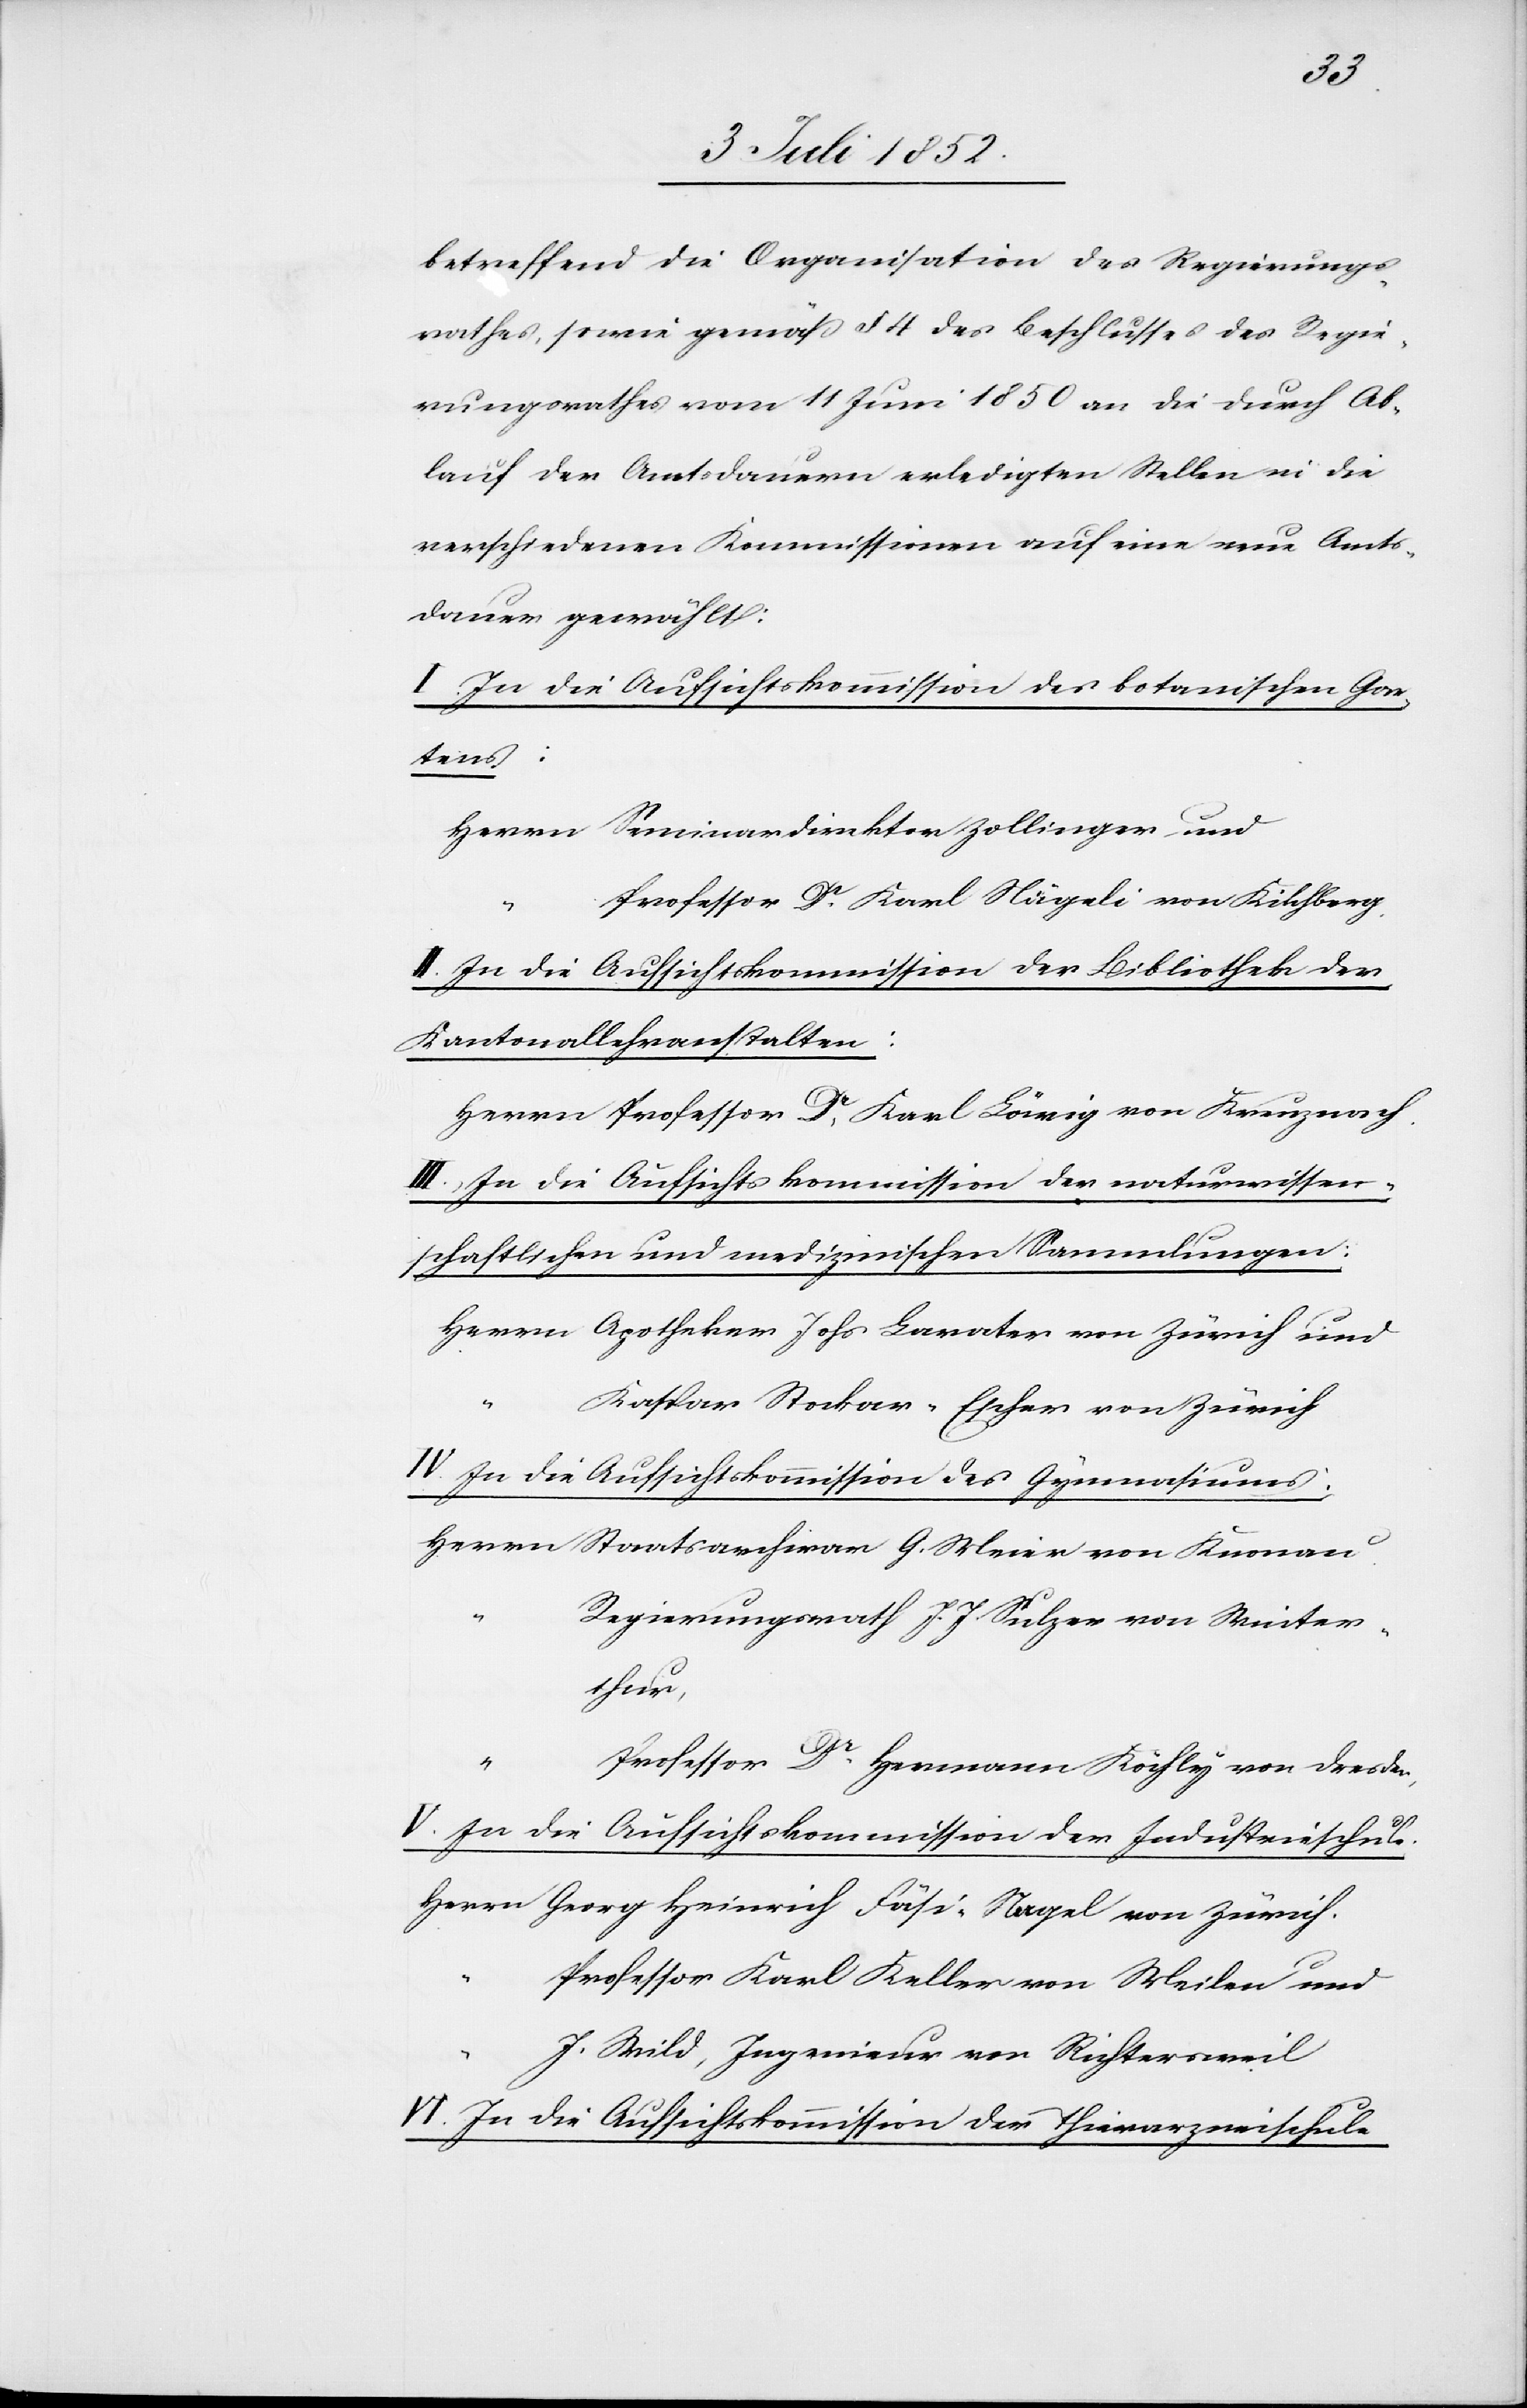
betreffend die Organisation des Regierungs¬
rathes, sowie gemäß § 4 des Beschlusses des Regie¬
rungsrathes vom 11 Juni 1850 an die durch Ab¬
lauf der Amtsdauern erledigten Stellen in die
verschiedenen Kommissionen auf eine neue Amts¬
dauer gewählt:
I. In die Aufsichtskommission des botanischen Gar¬
tens:
Herrn Seminardirektor Zollinger und
Professor Dr. Karl Nägeli von Kilchberg.
II. In die Aufsichtskommission der Bibliothek der
Kantonallehranstalten:
Herrn Professor Dr. Karl Löwig von Kreuznach.
III., In die Aufsichtskommission der naturwissen¬
schaftlichen und medizinischen Sammlungen:
Herrn Apotheker Johs Lavater von Zürich und
Kaspar Stockar-Escher von Zürich
IV. In die Aufsichtskommission des Gymnasiums:
Herrn Staatsarchivar G. Meier von Knonau.
Regierungsrath J. J. Sulzer von Winter¬
thur,
Professor Dr. Hermann Köchly von Dresden,
V. In die Aufsichtskommission der Industrieschule.
Herrn Georg Heinrich Fäsi-Nagel von Zürich.
Professor Karl Keller von Meilen und
J. Wild, Ingenieur von Richtersweil
VI. In die Aufsichtskommission der Thierarzneischule